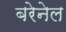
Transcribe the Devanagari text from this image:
बरेनेल